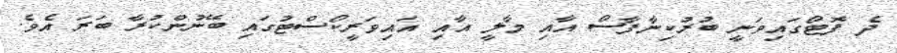
ދެ ފޮޓޯގައިވަނީ ބުރުކިނާފާސޯ އާއި މާލީ އާއި އައިވަރީކޯސްޓުގައި ބޭނުންކުރާ ބަރަ އެވެ.